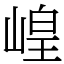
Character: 崲